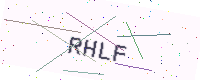
Text: RHLF